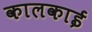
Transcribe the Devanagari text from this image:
कालकाई